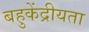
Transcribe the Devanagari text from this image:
बहुकेंद्रीयता